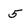
Character: 5